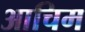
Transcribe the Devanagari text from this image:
आचिम